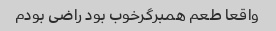
واقعا طعم همبرگرخوب بود راضی بودم